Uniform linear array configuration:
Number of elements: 24
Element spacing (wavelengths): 1
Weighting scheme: kaiser
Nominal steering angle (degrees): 15
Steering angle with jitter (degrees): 14.863
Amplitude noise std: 0.05
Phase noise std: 0.05

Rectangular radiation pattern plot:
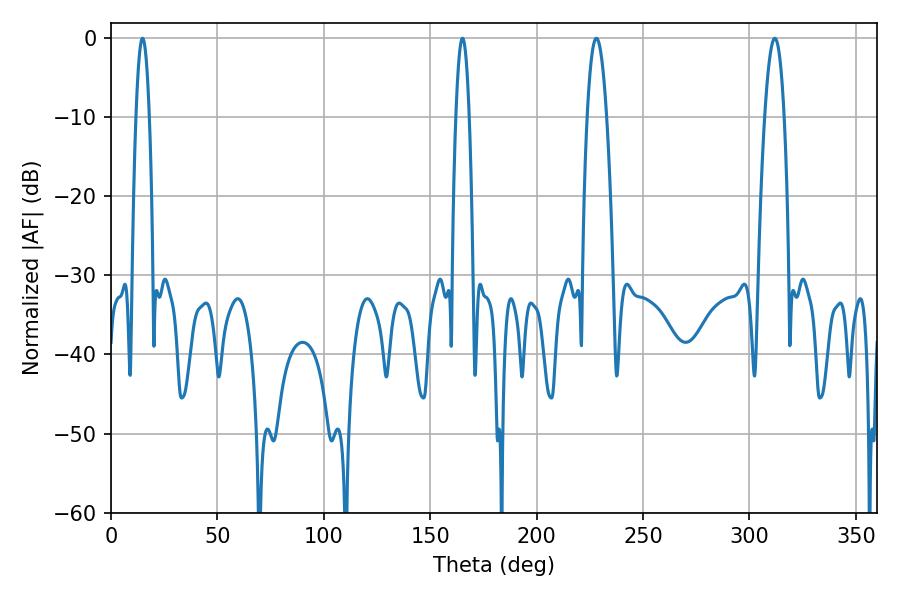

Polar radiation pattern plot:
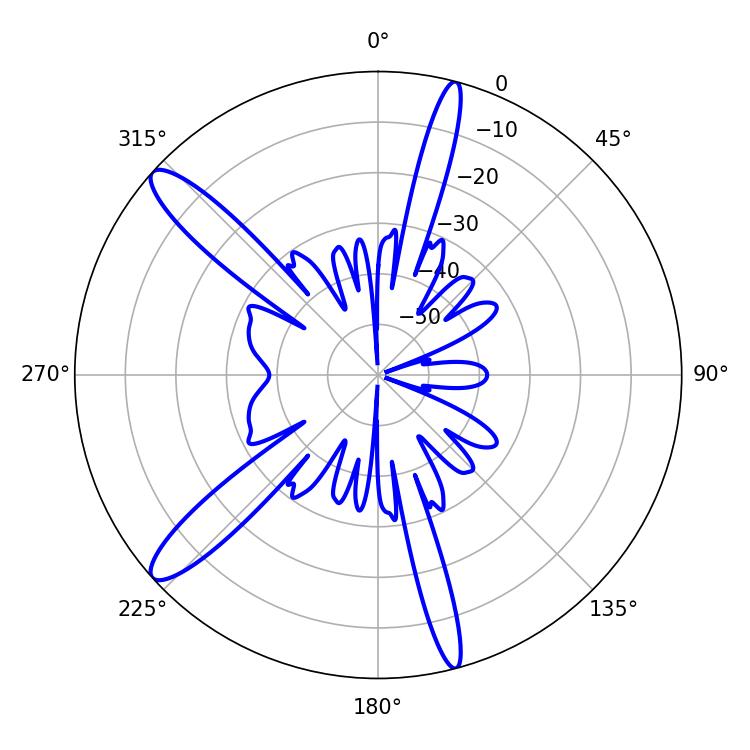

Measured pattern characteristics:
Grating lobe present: TRUE
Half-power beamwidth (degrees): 4.86
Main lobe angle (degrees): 228.06